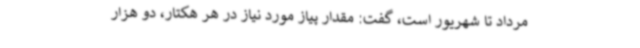
مرداد تا شهریور است، گفت: مقدار پیاز مورد نیاز در هر هکتار، دو هزار